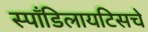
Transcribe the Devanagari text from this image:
स्पाँडिलायटिसचे